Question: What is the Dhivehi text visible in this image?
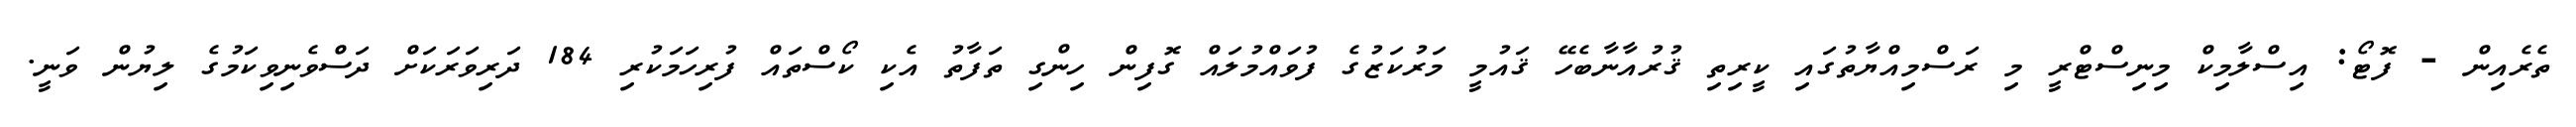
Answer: ތެރެއިން - ފޮޓޯ: އިސްލާމިކް މިނިސްޓްރީ މި ރަސްމިއްޔާތުގައި ކީރިތި ޤުރުއާނާބެހޭ ޤައުމީ މަރުކަޒުގެ ފުވައްމުލައް ގޮފިން ހިންގި ތަފާތު އެކި ކޯސްތައް ފުރިހަމަކުރި 184 ދަރިވަރަކަށް ދަސްވެނިވިކަމުގެ ލިޔުން ވަނީ.